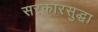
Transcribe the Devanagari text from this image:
सरकारसुद्धा